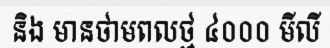
និង មានថាមពលថ្ម ៤០០០ មីលី